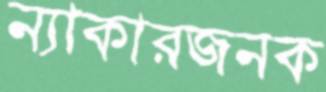
ন্যাকারজনক